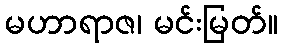
မဟာရာဇ၊ မင်းမြတ်။